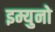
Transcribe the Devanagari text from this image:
इम्युनो